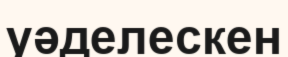
уәделескен